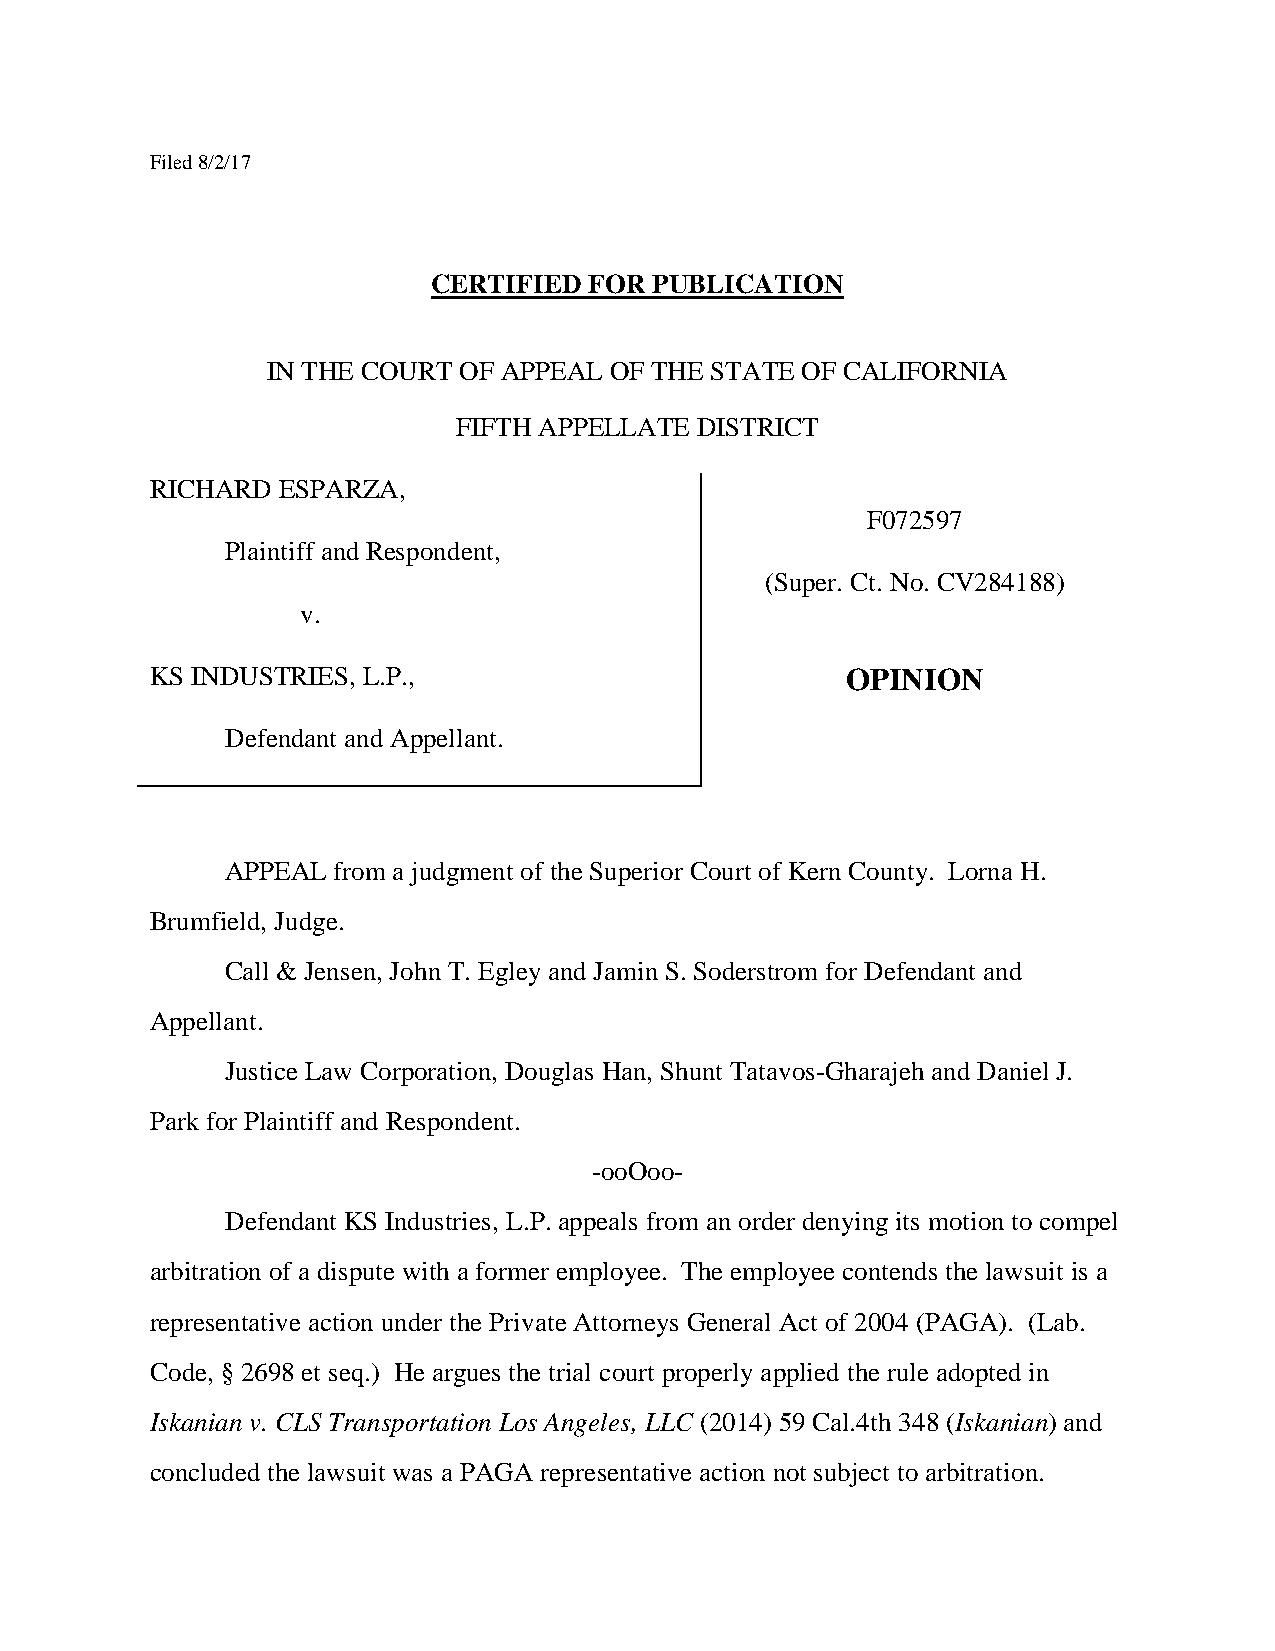
Filed 8/2/17
 CERTIFIED FOR PUBLICATION
 IN THE COURT OF APPEAL OF THE STATE OF CALIFORNIA
 FIFTH APPELLATE DISTRICT
 RICHARD ESPARZA,
 F072597
 Plaintiff and Respondent,
 (Super. Ct. No. CV284188)
 v.
 KS INDUSTRIES, L.P.,                          OPINION
 Defendant and Appellant.
 APPEAL from a judgment of the Superior Court of Kern County. Lorna H.
 Brumfield, Judge.
 Call & Jensen, John T. Egley and Jamin S. Soderstrom for Defendant and
 Appellant.
 Justice Law Corporation, Douglas Han, Shunt Tatavos-Gharajeh and Daniel J.
 Park for Plaintiff and Respondent.
 -ooOoo-
 Defendant KS Industries, L.P. appeals from an order denying its motion to compel
 arbitration of a dispute with a former employee. The employee contends the lawsuit is a
 representative action under the Private Attorneys General Act of 2004 (PAGA). (Lab.
 Code, § 2698 et seq.) He argues the trial court properly applied the rule adopted in
 Iskanian v. CLS Transportation Los Angeles, LLC (2014) 59 Cal.4th 348 (Iskanian) and
 concluded the lawsuit was a PAGA representative action not subject to arbitration.